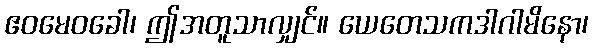
ဧဝမေဝခေါ၊ ဤအတူသာလျှင်။ ယေတေသကဒါဂါမိနော၊